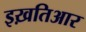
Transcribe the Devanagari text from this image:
इख़तिआर